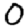
Digit: 0